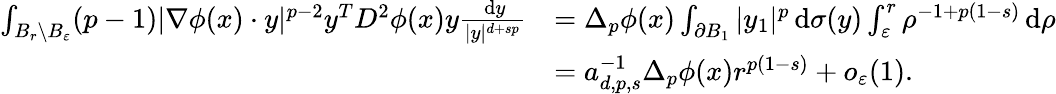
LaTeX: \begin{array}{rl}{\int_{B_{r}\setminus B_{\varepsilon}}(p-1)|\nabla\phi(x)\cdot y|^{p-2}y^{T}D^{2}\phi(x)y\frac{\, \mathrm{d}y}{|y|^{d+sp}}}&{=\Delta_{p}\phi(x)\int_{\partial B_{1}}|y_{1}|^{p}\, \mathrm{d}\sigma(y)\int_{\varepsilon}^{r}\rho^{-1+p(1-s)}\, \mathrm{d}\rho}\\ &{=a_{d,p,s}^{-1}\Delta_{p}\phi(x)r^{p(1-s)}+o_{\varepsilon}(1).}\end{array}